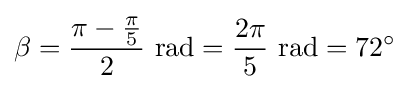
\beta ={{\pi -{\pi  \over 5}} \over 2}~{\text{rad}}={2\pi  \over 5}~{\text{rad}}=72^{\circ }